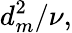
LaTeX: d_{m}^{2}/\nu,